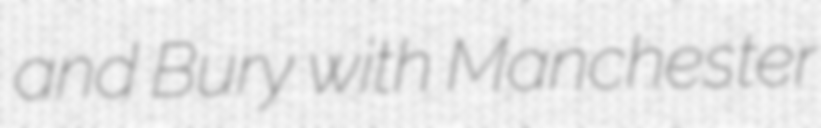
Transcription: and Bury with Manchester